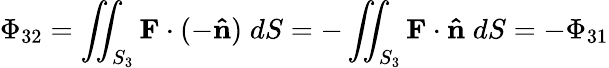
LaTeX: \Phi_{\mathrm{32}}=\iint_{S_{3}}\mathbf{F}\cdot(-\mathbf{\hat{n}})\; dS=-\iint_{S_{3}}\mathbf{F}\cdot\mathbf{\hat{n}}\; dS=-\Phi_{\mathrm{31}}